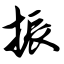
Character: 振